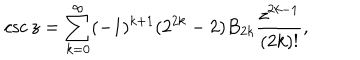
\csc z = \sum _ { k = 0 } ^ { \infty } ( - 1 ) ^ { k + 1 } ( 2 ^ { 2 k } - 2 ) B _ { 2 k } { \frac { z ^ { 2 k - 1 } } { ( 2 k ) ! } } ,